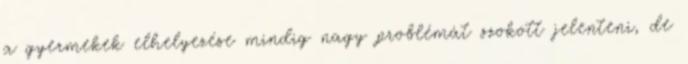
a gyermekek elhelyezése mindig nagy problémát szokott jelenteni, de